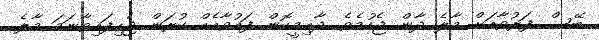
ބޭސް ފަރުވާއަށް މާލެ ދާން ޖެހުމެވެ. ދާއިމީކޮން ފައުވާއެއް ކުރަން ޖެހިފައިވާނަމަ މާލެ